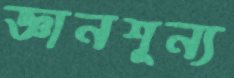
জ্ঞানশূন্য